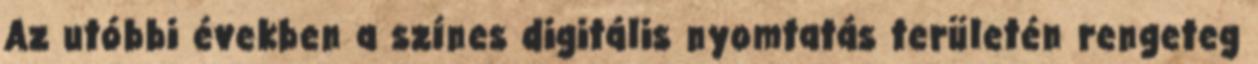
Az utóbbi években a színes digitális nyomtatás területén rengeteg